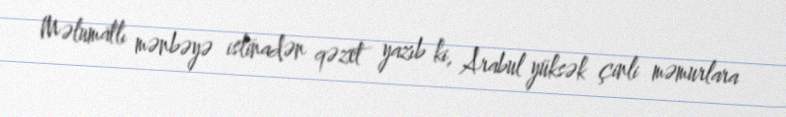
Məlumatlı mənbəyə istinadən qəzet yazıb ki, Arabul yüksək çinli məmurlara